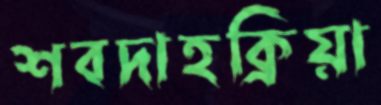
শবদাহক্রিয়া